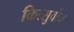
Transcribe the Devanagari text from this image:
कित्सुवोन